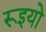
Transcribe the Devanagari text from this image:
रूइयो